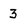
Character: 3